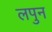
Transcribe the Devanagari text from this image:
लपुन